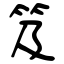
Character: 笈